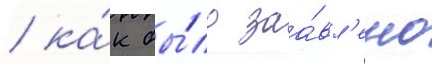
/ ка́к бы́ло заа́вл'ено